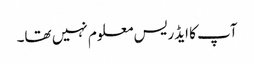
آپ کا ایڈریس معلوم نہیں تھا۔